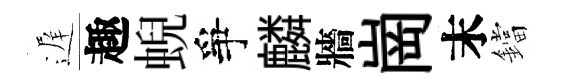
遅趣蜺爭麟牆崗末鐺